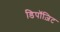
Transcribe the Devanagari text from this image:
डिपॉज़िट